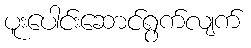
ပူးပေါင်းဆောင်ရွက်လျက်